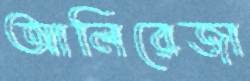
আলিরেজা